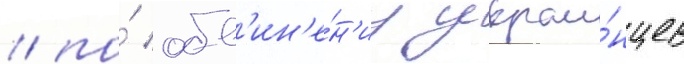
/ по́ обв'ин'е́н'иу украи́нцев